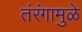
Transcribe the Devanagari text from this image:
तंरंगामुळे